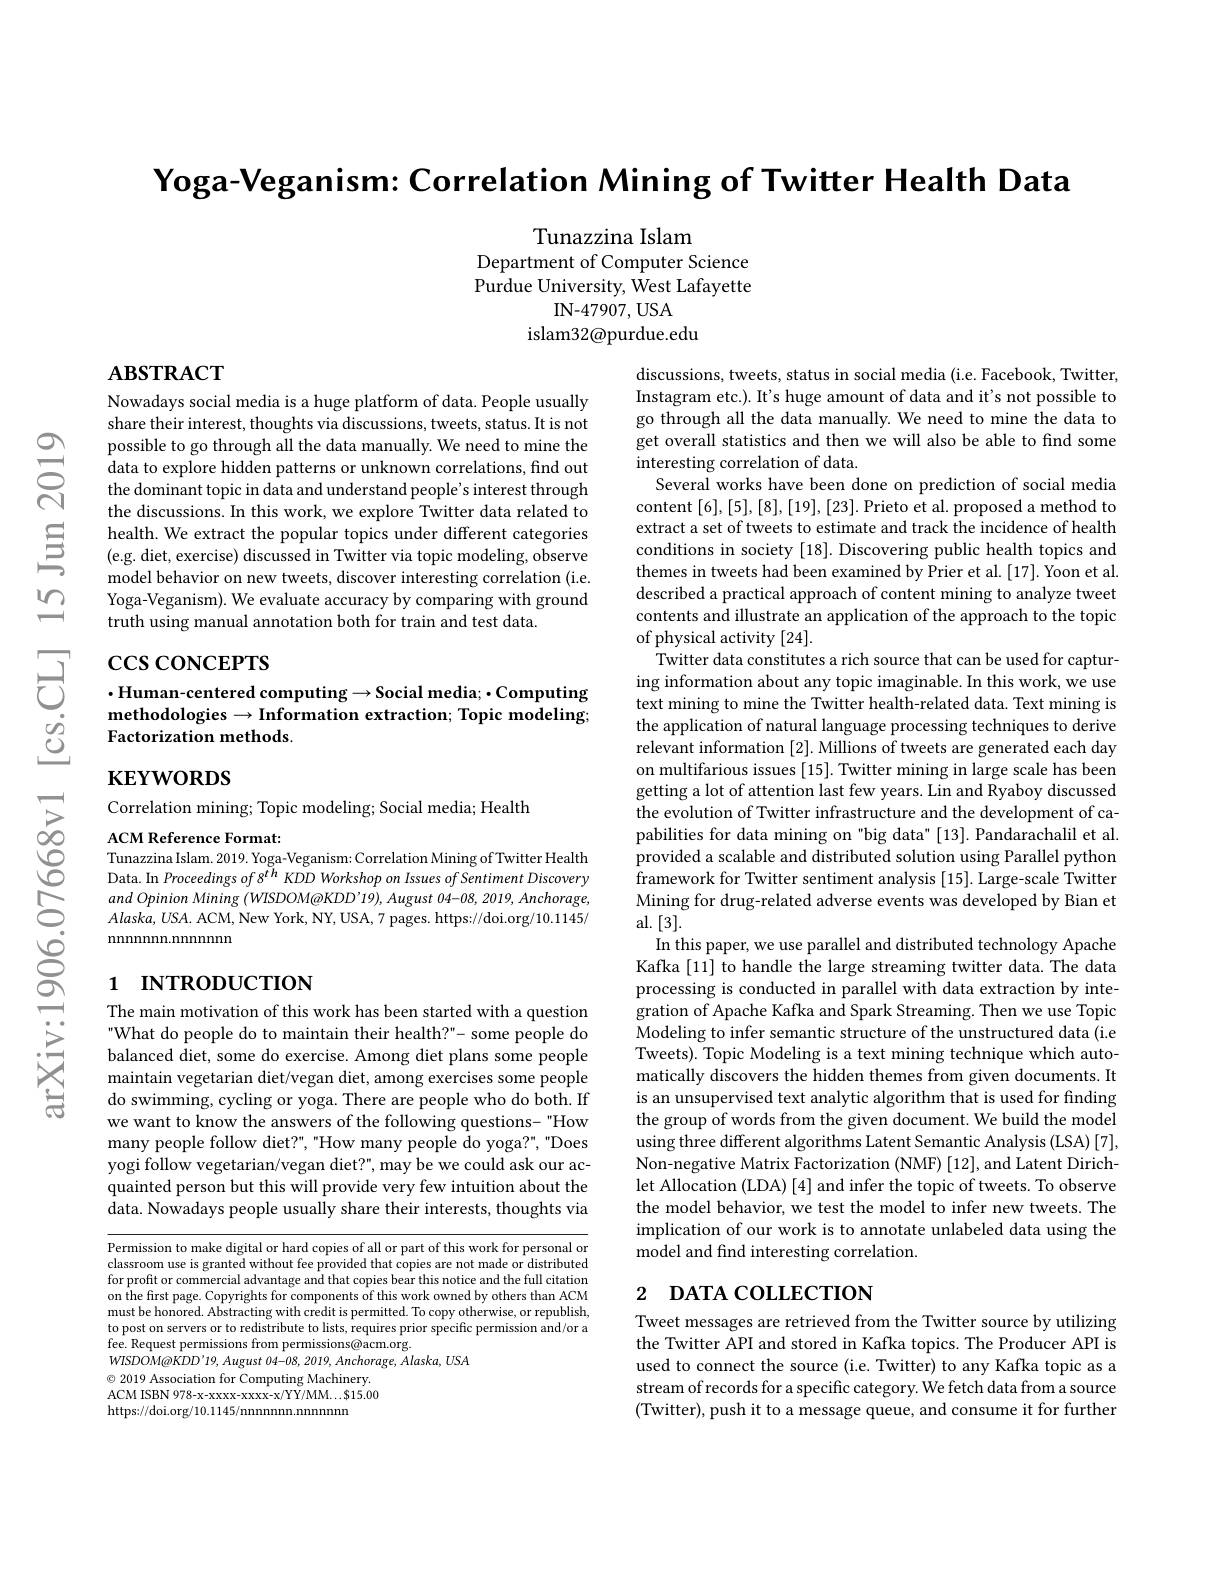
Yoga-Veganism: Correlation Mining of Twitter Health Data

Tunazzina Islam
Department of Computer Science Purdue University, West Lafayette
IN- 47907, USA
islam32@purdue.edu

## $\mathbf{ABSTRACT}$

Nowadays social media is a huge platform of data. People usually share their interest, thoughts via discussions, tweets, status. It is not possible to go through all the data manually. We need to mine the data to explore hidden patterns or unknown correlations, find out the dominant topic in data and understand people's interest through the discussions. In this work, we explore Twitter data related to health. We extract the popular topics under different categories (e.g. diet, exercise) discussed in Twitter via topic modeling, observe model behavior on new tweets, discover interesting correlation (i.e. Yoga-Veganism). We evaluate accuracy by comparing with ground truth using manual annotation both for train and test data

$\begin{array}{ll}&\cos\cos\text{NCEPTS}\\&\cdot\text{Human-centered computing}\to\text{Social media; }\cdot\text{Computing}\\\end{array}$

methodologies$\to$Information extraction; Topic modeling;
Factorization methods.

$\mathbf{KEYWORDS}$

discussions, tweets, status in social media (i.e. Facebook, Twitter, Instagram etc.). It's huge amount of data and it's not possible to go through all the data manually. We need to mine the data to get overall statistics and then we will also be able to find some interesting correlation of data
Several works have been done on prediction of social media content [6],[5],[8],[19],[23]. Prieto et al. proposed a method to extract a set of tweets to estimate and track the incidence of health conditions in society [18]. Discovering public health topics and themes in tweets had been examined by Prier et al. [17]. Yoon et al. described a practical approach of content mining to analyze tweet contents and illustrate an application of the approach to the topic of physical activity [24].
Twitter data constitutes a rich source that can be used for capturing information about any topic imaginable. In this work, we use text mining to mine the Twitter health-related data. Text mining is the application of natural language processing techniques to derive relevant information [2]. Millions of tweets are generated each day on multifarious issues [15]. Twitter mining in large scale has been getting a lot of attention last few years. Lin and Ryaboy discussed the evolution of Twitter infrastructure and the development of capabilities for data mining on "big data" [13]. Pandarachalil et al. provided a scalable and distributed solution using Parallel python framework for Twitter sentiment analysis [15]. Large-scale Twitter Mining for drug-related adverse events was developed by Bian et al.[3].
In this paper, we use parallel and distributed technology Apache Kafka [11] to handle the large streaming twitter data. The data processing is conducted in parallel with data extraction by integration of Apache Kafka and Spark Streaming. Then we use Topic Modeling to infer semantic structure of the unstructured data (i.e Tweets). Topic Modeling is a text mining technique which automatically discovers the hidden themes from given documents. It is an unsupervised text analytic algorithm that is used for finding the group of words from the given document. We build the model using three different algorithms Latent Semantic Analysis (LSA) [7], Non-negative Matrix Factorization (NMF) [12], and Latent Dirichlet Allocation (LDA) [4] and infer the topic of tweets. To observe the model behavior, we test the model to infer new tweets. The implication of our work is to annotate unlabeled data using the model and find interesting correlation.

Correlation mining; Topic modeling; Social media; Health

ACM Reference Format:
Tunazzina Islam. 2019. Yoga-Veganism: Correlation Mining of Twitter Health Data. In Proceedings of 8$^{th}$ KDD Workshop on Issues of Sentiment Discovery $and\textit{ Opinion Mining ( WISDOM@ KDD’ 19) , August 04- 08, 2019, Anchorage, }$ $Alaska,USA.$ ACM, New York, NY, USA, 7 pages. https://doi.org/10.1145/ ${\mathrm{nnnnnnn.nnnnnnnn}}$

# 1 INTRODUCTION

The main motivation of this work has been started with a question What do people do to maintain their health?"- some people do balanced diet, some do exercise. Among diet plans some people maintain vegetarian diet/vegan diet, among exercises some people do swimming, cycling or yoga. There are people who do both. If we want to know the answers of the following questions- "How many people follow diet?", "How many people do yoga?", "Does yogi follow vegetarian/vegan diet?", may be we could ask our acquainted person but this will provide very few intuition about the data. Nowadays people usually share their interests, thoughts via

# 2 DATA COLLECTION

Permission to make digital or hard copies of all or part of this work for personal or classroom use is granted without fee provided that copies are not made or distributed for profit or commercial advantage and that copies bear this notice and the full citation on the first page. Copyrights for components of this work owned by others than ACM must be honored. Abstracting with credit is permitted. To copy otherwise, or republish, to post on servers or to redistribute to lists, requires prior specific permission and/or a fee. Request permissions from permissions@acm.org.
$WISDOM@KDD’19,August04-08,2019,Anchorage,Alaska,USA$
$\textcircled{\circ}$ 2019 Association for Computing Machinery. ACM ISBN 978-x-xxxx-xxxx-x/YY/MM...$15.00 https://doi.org/10.1145/nnnnnnn.nnnnn

Tweet messages are retrieved from the Twitter source by utilizing the Twitter API and stored in Kafka topics. The Producer API is used to connect the source (i.e. Twitter) to any Kafka topic as a stream of records for a specific category. We fetch data from a source (Twitter), push it to a message queue, and consume it for further